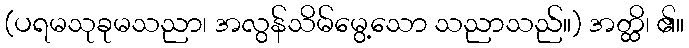
(ပရမသုခုမသညာ၊ အလွန်သိမ်မွေ့သော သညာသည်။) အတ္ထိ၊ ၏။